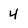
Character: 4